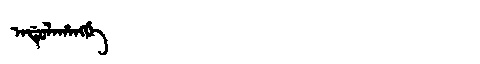
Manchu: ᠠᡩᡠᠯᠠᡥᠠᠩᡤᡝ
Romanization: ADULAHANGGE